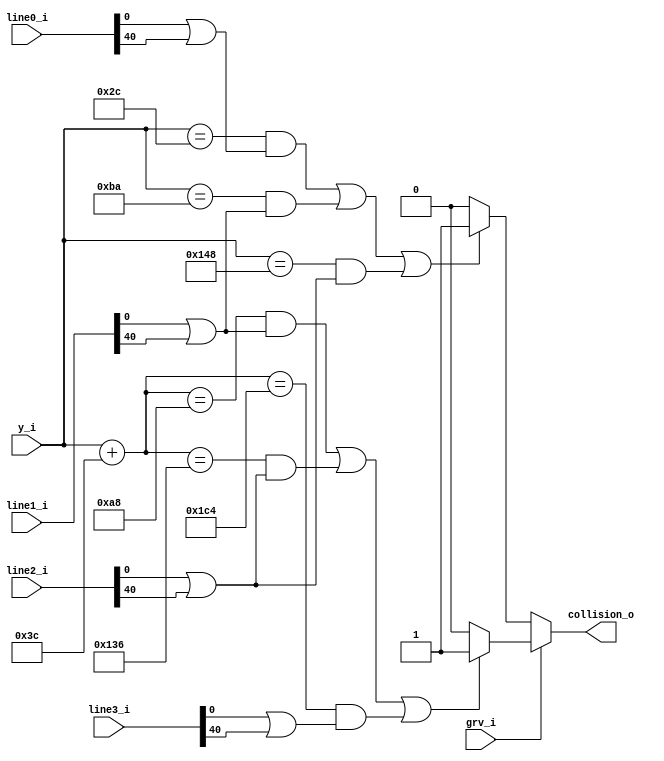
`timescale 1ns / 1ps
//////////////////////////////////////////////////////////////////////////////////
// Company: 
// Engineer: 
// 
// Design Name: 
// Module Name: detect_collision
// Project Name: 
// Target Devices: 
// Tool Versions: 
// Description: 
// 
// Dependencies: 
// 
// Revision:
// Revision 0.01 - File Created
// Additional Comments:
// 
//////////////////////////////////////////////////////////////////////////////////


module detect_collision
    #(parameter PlayerHeight = 60,
      parameter PlayerWidth = 40,
      parameter PlayerOffset = 0,
      parameter LineWidth = 18,
      parameter LineLoc0 = 35,
      parameter LineLoc1 = 177,
      parameter LineLoc2 = 319,
      parameter LineLoc3 = 461) (
    input [8:0] y_i,
    input grv_i,
    input [639:0] line0_i,
    input [639:0] line1_i,
    input [639:0] line2_i,
    input [639:0] line3_i,
    output reg collision_o
    );
    
    localparam Line1Top = LineLoc1 - LineWidth/2;
    localparam Line2Top = LineLoc2 - LineWidth/2;
    localparam Line3Top = LineLoc3 - LineWidth/2;
    localparam Line0Bottom = LineLoc0 + LineWidth/2;
    localparam Line1Bottom = LineLoc1 + LineWidth/2;
    localparam Line2Bottom = LineLoc2 + LineWidth/2;
    
    localparam X_left = PlayerOffset;
    localparam X_right = PlayerOffset + PlayerWidth;
    
    always @(*) begin
        collision_o = 1'b0;
        
        if (grv_i == 1'b1) begin
            if (y_i + PlayerHeight == Line1Top && (line1_i[X_left] || line1_i[X_right])||
                y_i + PlayerHeight == Line2Top && (line2_i[X_left] || line2_i[X_right])||
                y_i + PlayerHeight == Line3Top && (line3_i[X_left] || line3_i[X_right])) begin
                collision_o = 1'b1;
            end
        end
        else if (grv_i == 1'b0) begin
            if (y_i == Line0Bottom && (line0_i[X_left] || line0_i[X_right])||
                y_i == Line1Bottom && (line1_i[X_left] || line1_i[X_right])||
                y_i == Line2Bottom && (line2_i[X_left] || line2_i[X_right])) begin
                collision_o = 1'b1;
            end
        end
    end
    
endmodule